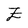
Character: Z